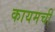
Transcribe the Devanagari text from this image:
कायमचीं